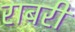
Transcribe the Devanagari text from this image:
राबरी